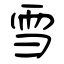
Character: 雪